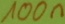
Text: 100n